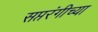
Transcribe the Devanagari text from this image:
सप्तरंगीच्या